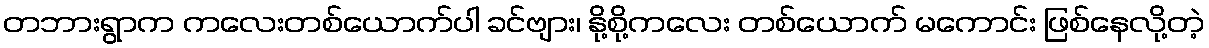
တဘားရွာက ကလေးတစ်ယောက်ပါ ခင်ဗျား၊ နို့စို့ကလေး တစ်ယောက် မကောင်း ဖြစ်နေလို့တဲ့